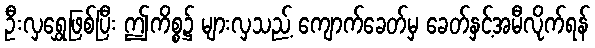
ဦးလှရွှေဖြစ်ပြီး ဤကိစ္စ၌ များလှသည့် ကျောက်ခေတ်မှ ခေတ်နှင့်အမီလိုက်ရန်